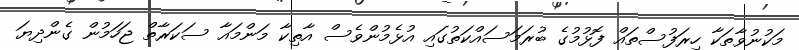
މަކުނުވާތަަކާ ހިރަފުސްތައް ފޮޅުމުގެ ބުރަމަސައްކަތުގައި އުޅެމުންވެސް އާތިކާ މަންމަައާ ސަކަރާތް ޖަހަމުން ގެންދިޔަ